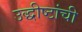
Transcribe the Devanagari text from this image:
उद्धीष्टांची